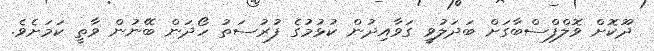
ދޫކޮށް ވޮލްފްސްބާގަށް ބަދަލުވީ ގަވާއިދުން ކުޅުމުގެ ފުރުސަތު ހޯދަން ބޭނުން ވާތީ ކަމަށެވެ.